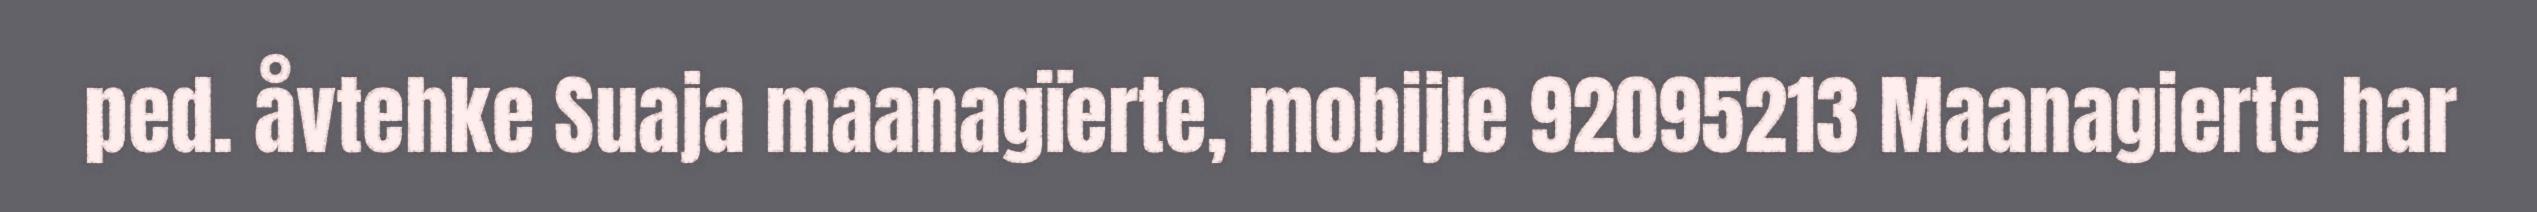
ped. åvtehke Suaja maanagïerte, mobijle 92095213 Maanagierte har